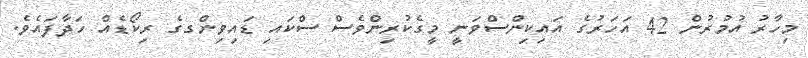
މިހާރު އުމުރުން 42 އަހަރުގެ އައިކިންސްވަނީ މީގެކުރިންވެސް ސްކައި ޑައިވިންގގެ ރިކޯޑެއް ހަދާފައެވެ.